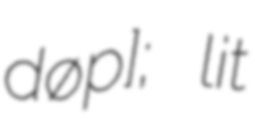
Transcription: døʁɔp]; lit